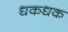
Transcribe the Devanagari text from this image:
धकधक